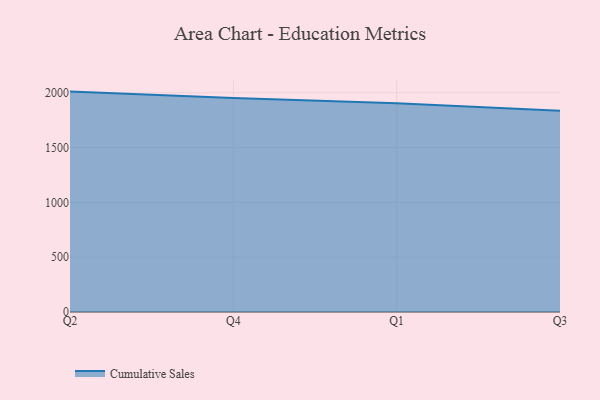
{"axis": {"x": "Quarter", "y": "Energy Usage (MWh)"}, "legend": ["Cumulative Sales"], "data": [{"x": "Q2", "y": 2011.1, "type": "Cumulative Sales"}, {"x": "Q4", "y": 1953.3, "type": "Cumulative Sales"}, {"x": "Q1", "y": 1905.8, "type": "Cumulative Sales"}, {"x": "Q3", "y": 1836.6, "type": "Cumulative Sales"}]}